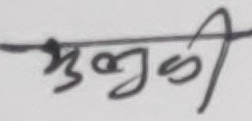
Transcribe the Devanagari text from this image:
मुळी